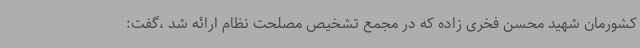
کشورمان شهید محسن فخری زاده که در مجمع تشخیص مصلحت نظام ارائه شد ،گفت: